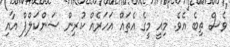
ވެސް ތިބެ އެވެ. މިއީ މީގެ އެތައް އަހަރެއް ކުރިން ސަންކަލްޕް އާއި